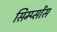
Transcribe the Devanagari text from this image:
सिम्प्सोंस